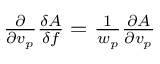
\begin{array} { r } { \frac { \partial } { \partial v _ { p } } \frac { \delta A } { \delta f } = \frac { 1 } { w _ { p } } \frac { \partial A } { \partial v _ { p } } } \end{array}